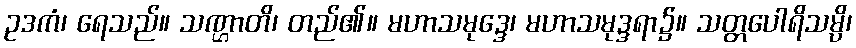
ဥဒကံ၊ ရေသည်။ သဏ္ဌာတိ၊ တည်၏။ မဟာသမုဒ္ဒေ၊ မဟာသမုဒ္ဒရာ၌။ သတ္တပေါရိသမ္ပိ၊